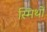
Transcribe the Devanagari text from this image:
स्मिथों